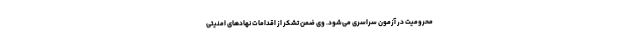
محرومیت در آزمون سراسری می‌شود. وی ضمن تشکر از اقدامات نهادهای امنیتی